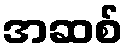
အဆစ်